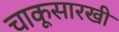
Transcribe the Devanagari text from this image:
चाकूसारखी